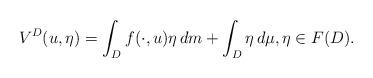
LaTeX: \begin{align*}V^D(u,\eta)=\int_D f(\cdot,u)\eta\,dm+\int_D\eta\,d\mu,\eta\in F(D).\end{align*}